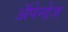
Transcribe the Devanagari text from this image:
अॅपेन्डेज